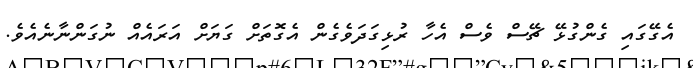
އެގޭގައި ގެންގުޅޭ ޗޭސް ވެސް އެހާ ރުޅިގަދަވެގެން އެގޮތަށް ގަޔަށް އަރައެއް ނުގަންނާނެއެވެ.